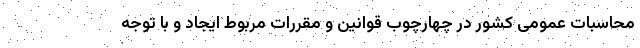
محاسبات عمومی کشور در چهارچوب قوانین و مقررات مربوط ایجاد و با توجه